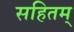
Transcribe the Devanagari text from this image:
सहितम्